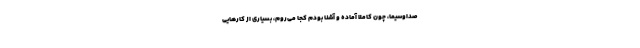
صداوسیما، چون کاملاً آماده و آشنا بودم کجا می‌روم، بسیاری از کارهایی